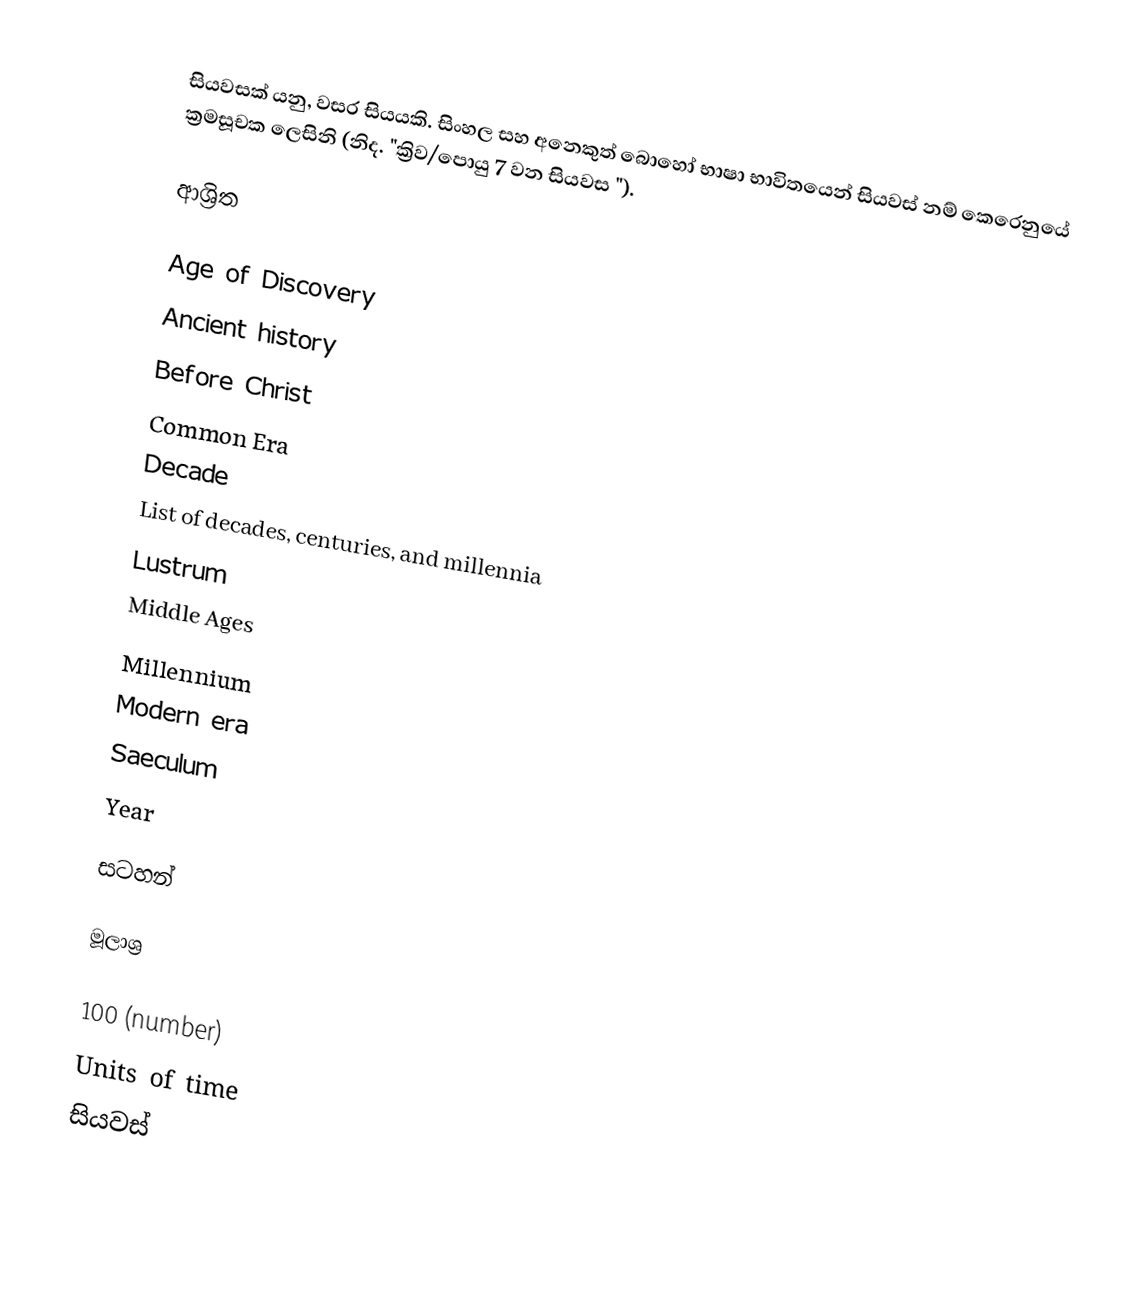
සියවසක් යනු, වසර සියයකි. සිංහල සහ අනෙකුත් බොහෝ භාෂා භාවිතයෙන් සියවස් නම් කෙරෙනුයේ ක්‍රමසූචක ලෙසිනි (නිද. "ක්‍රිව/පොයු 7 වන සියවස ").

ආශ්‍රිත

 Age of Discovery
 Ancient history
 Before Christ
 Common Era
 Decade
 List of decades, centuries, and millennia
 Lustrum
 Middle Ages
 Millennium
 Modern era
 Saeculum
 Year

සටහන්

මූලාශ්‍ර

100 (number)
Units of time
සියවස්